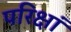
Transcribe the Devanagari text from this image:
परिक्षां